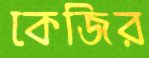
কেজির